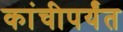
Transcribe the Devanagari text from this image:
कांचीपर्यंत